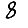
Digit: 8